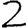
Digit: 2